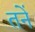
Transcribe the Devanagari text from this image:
तनें